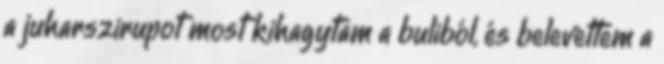
a juharszirupot most kihagytam a buliból, és belevettem a